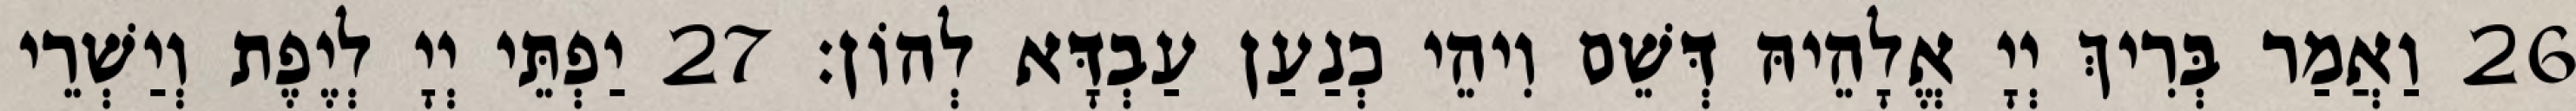
26 וַאֲמַר בְּרִיךְ יְיָ אֱלָהֵיהּ דְּשֵׁם וִיהֵי כְנַעַן עַבְדָּא לְהוֹן׃ 27 יַפְתֵּי יְיָ לְיֶפֶת וְיַשְׁרֵי